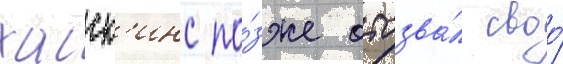
хаск'инс по́зже отозва́л своо́